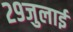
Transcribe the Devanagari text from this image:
२९जुलाई